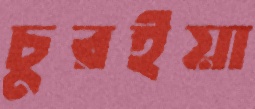
চুরইয়া